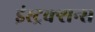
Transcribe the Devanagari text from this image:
इंस्ट्रक्शन्स